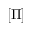
[ \Pi ]